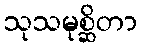
သုသမုစ္ဆိတာ